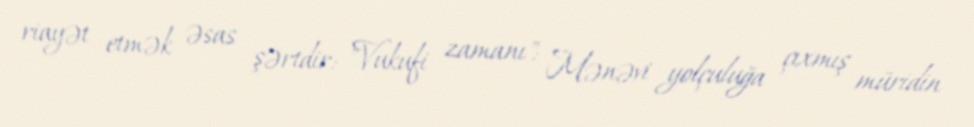
riayət etmək əsas şərtdir: "Vukufi zamanı": Mənəvi yolçuluğa çıxmış müridin